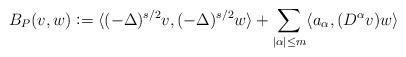
LaTeX: \begin{align*}B_P(v,w) \vcentcolon = \langle (-\Delta)^{s/2}v, (-\Delta)^{s/2}w \rangle + \sum_{|\alpha|\leq m} \langle a_\alpha ,(D^\alpha v) w \rangle\end{align*}